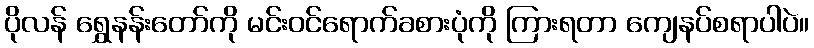
ပိုလန် ရွှေနန်းတော်ကို မင်းဝင်ရောက်ခစားပုံကို ကြားရတာ ကျေနပ်စရာပါပဲ။